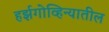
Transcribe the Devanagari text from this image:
हर्झगोव्हिन्यातील